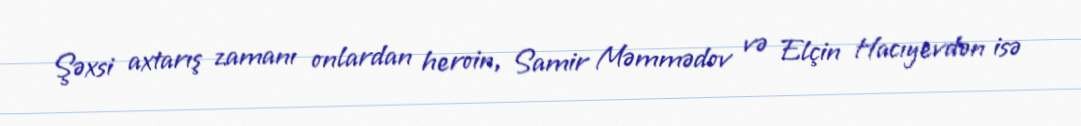
Şəxsi axtarış zamanı onlardan heroin, Samir Məmmədov və Elçin Hacıyevdən isə